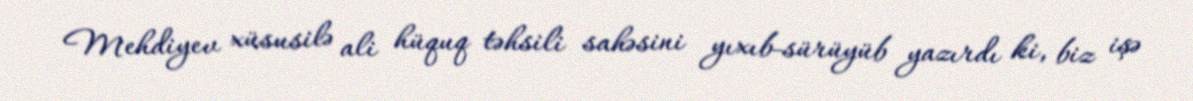
Mehdiyev xüsusilə ali hüquq təhsili sahəsini yıxıb-sürüyüb yazırdı ki, biz işə